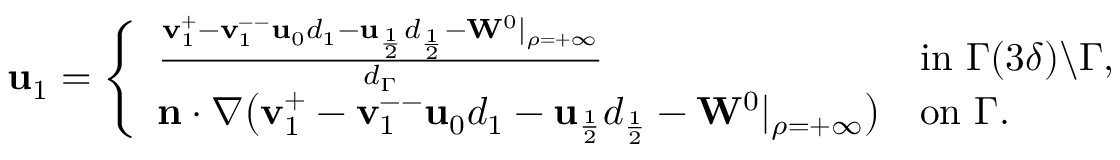
\begin{array} { r } { \mathbf { u } _ { 1 } = \left\{ \begin{array} { l l } { \frac { \mathbf { v } _ { 1 } ^ { + } - \mathbf { v } _ { 1 } ^ { -- } \mathbf { u } _ { 0 } d _ { 1 } - \mathbf { u } _ { \frac { 1 } { 2 } } d _ { \frac { 1 } { 2 } } - \mathbf { W } ^ { 0 } | _ { \rho = + \infty } } { d _ { \Gamma } } } & { \mathrm { i n ~ } \Gamma ( 3 \delta ) \backslash \Gamma , } \\ { \mathbf { n } \cdot \nabla \big ( \mathbf { v } _ { 1 } ^ { + } - \mathbf { v } _ { 1 } ^ { -- } \mathbf { u } _ { 0 } d _ { 1 } - \mathbf { u } _ { \frac { 1 } { 2 } } d _ { \frac { 1 } { 2 } } - \mathbf { W } ^ { 0 } | _ { \rho = + \infty } \big ) } & { \mathrm { o n ~ } \Gamma . } \end{array} \right. } \end{array}